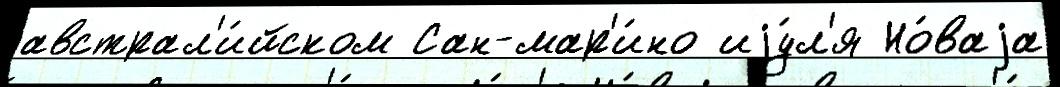
австрал'и́йском Сан-мар'и́но иjу́л'я Но́ваjа